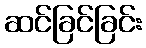
ဆင်ခြင်ခြင်း